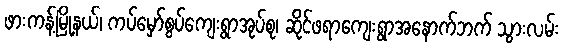
ဖားကန့်မြို့နယ်၊ ကပ်မှော်စွပ်ကျေးရွာအုပ်စု၊ ဆိုင်ဖရာကျေးရွာအနောက်ဘက် သွားလမ်း